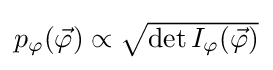
{\textstyle p_{\varphi }({\vec {\varphi }})\propto {\sqrt {\det I_{\varphi }({\vec {\varphi }})}}}